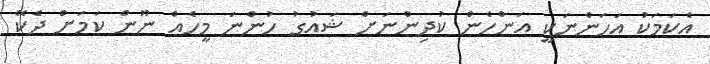
އެކަމަކު އަހަންނަކީ އަންހެން ކުދިންނަށް ޝައުގު ހުންނަ މީހެއް ނޫން ކަމަށް ދެކޭ